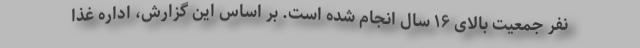
نفر جمعیت بالای ۱۶ سال انجام شده است. بر اساس این گزارش، اداره غذا